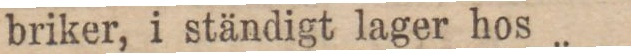
briker, i ständigt lager hos